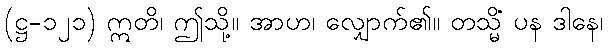
(ဋ္ဌ-၁၂၁) ဣတိ၊ ဤသို့။ အာဟ၊ လျှောက်၏။ တသ္မိံ ပန ဒါနေ၊